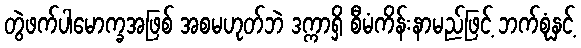
တွဲဖက်ပါမောက္ခအဖြစ် အစမဟုတ်ဘဲ ဒက္ကာရှိ စီမံကိန်းနာမည်ဖြင့် ဘက်စုံနှင့်